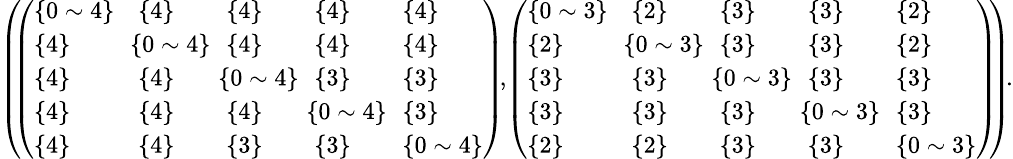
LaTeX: \begin{array}{r}{\small{\left(\! \! \left(\begin{array}{lllll}{\{ 0\sim 4\} }&{\{ 4\} }&{\{ 4\} }&{\{ 4\} }&{\{ 4\} }\\ {\{ 4\} }&{\! \! \{ 0\sim 4\} \! \! }&{\{ 4\} }&{\{ 4\} }&{\{ 4\} }\\ {\{ 4\} }&{\{ 4\} }&{\! \! \{ 0\sim 4\} \! \! }&{\{ 3\} }&{\{ 3\} }\\ {\{ 4\} }&{\{ 4\} }&{\{ 4\} }&{\! \! \{ 0\sim 4\} \! \! }&{\{ 3\} }\\ {\{ 4\} }&{\{ 4\} }&{\{ 3\} }&{\{ 3\} }&{\{ 0\sim 4\} }\end{array}\right)\! ,\! \left(\begin{array}{lllll}{\{ 0\sim 3\} }&{\{ 2\} }&{\{ 3\} }&{\{ 3\} }&{\{ 2\} }\\ {\{ 2\} }&{\! \! \{ 0\sim 3\} \! \! }&{\{ 3\} }&{\{ 3\} }&{\{ 2\} }\\ {\{ 3\} }&{\{ 3\} }&{\! \! \{ 0\sim 3\} \! \! }&{\{ 3\} }&{\{ 3\} }\\ {\{ 3\} }&{\{ 3\} }&{\{ 3\} }&{\! \! \{ 0\sim 3\} \! \! }&{\{ 3\} }\\ {\{ 2\} }&{\{ 2\} }&{\{ 3\} }&{\{ 3\} }&{\{ 0\sim 3\} }\end{array}\right)\! \! \right)\! .}}\end{array}